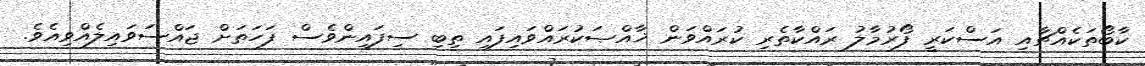
ކާބޯތަކެއްޗާއި އަސްކަރީ ފޯރުމާލު ރައްކާތެރި ކުރައްވަން ޚާއްޞަކުރައްވައިފައި ތިބި ސިފައިންވެސް ފަހަތަށް ޖައްސަވައިލެއްވިއެވެ.